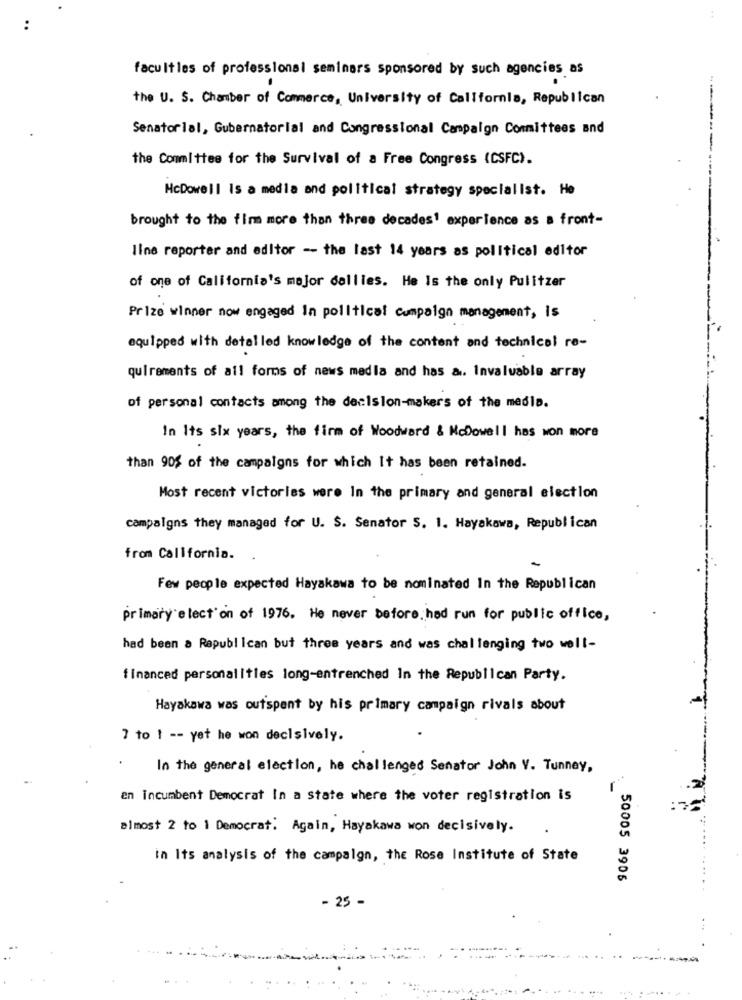
:
facultles of professional seminars sponsored by such agencies as
the U. S. Chamber of Commerce, University of California, Republican
Senatorlal, Gubernatorial and Congressional Campaign Committees and
the Committee for the Survival of a Free Congress (CSFC).
HcDowell Is a media and political strategy specialist. He
brought to the firm more than three decades1 experience as a front-
Ilne reporter and editor -- the last 14 years as political editor
of one of California's major daliles. He Is the only Pulitzer
Prize winner now engaged In political cumpaign management, is
equipped with detailed knowledge of the content and technical re-
quirements of all forms of news media and has a. Invaluable array
of personal contacts among the decision-makers of the media.
In Its six years, the firm of Woodward & McDowell has won more
than 90% of the campaigns for which It has been retained.
Most recent victories were In the primary and general election
campaigns they managed for U. S. Senator S. 1. Hayakawa, Republican
from California.
Few people expected Hayakawa to be nominated In the Republican
primary election of 1976. He never before,had run for public office,
had been a Republican but three years and was challenging two well-
financed personalities long-entrenched In the Republican Party.
Hayakawa was outspent by his primary campaign rivals about
7 to 1 -- yet he won decisively.
In the general election, he challenged Senator John V. Tunney,
en incumbent Democrat In a state where the voter registration is
almost 2 to 1 Democrat. Again, Hayakawa won decisively.
in Its analysis of the campaign, the Rose Institute of State
50005 3905
- 25 -
..